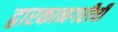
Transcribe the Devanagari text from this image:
द्वारकानगरीची